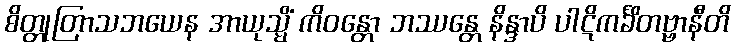
စိတ္တုတြာသဘယေန အာယုသ္မိံ ကိဝန္တော ဘဿန္တေ နိန္ဒာပိ ပါဋိကင်္ခိတဗ္ဗာနီတိ